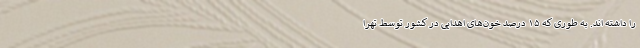
را داشته اند. به طوری که ۱۵ درصد خون‌های اهدایی در کشور توسط تهرا